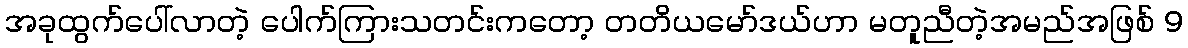
အခုထွက်ပေါ်လာတဲ့ ပေါက်ကြားသတင်းကတော့ တတိယမော်ဒယ်ဟာ မတူညီတဲ့အမည်အဖြစ် 9